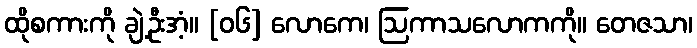
ထိုစကားကို ချဲ့ဦးအံ့။ [၀၆] လောကေ၊ ဩကာသလောကကို။ တေဇသာ၊